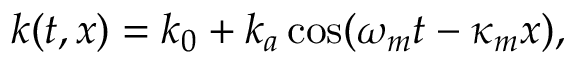
k ( t , x ) = k _ { 0 } + k _ { a } \cos ( \omega _ { m } t - \kappa _ { m } x ) ,